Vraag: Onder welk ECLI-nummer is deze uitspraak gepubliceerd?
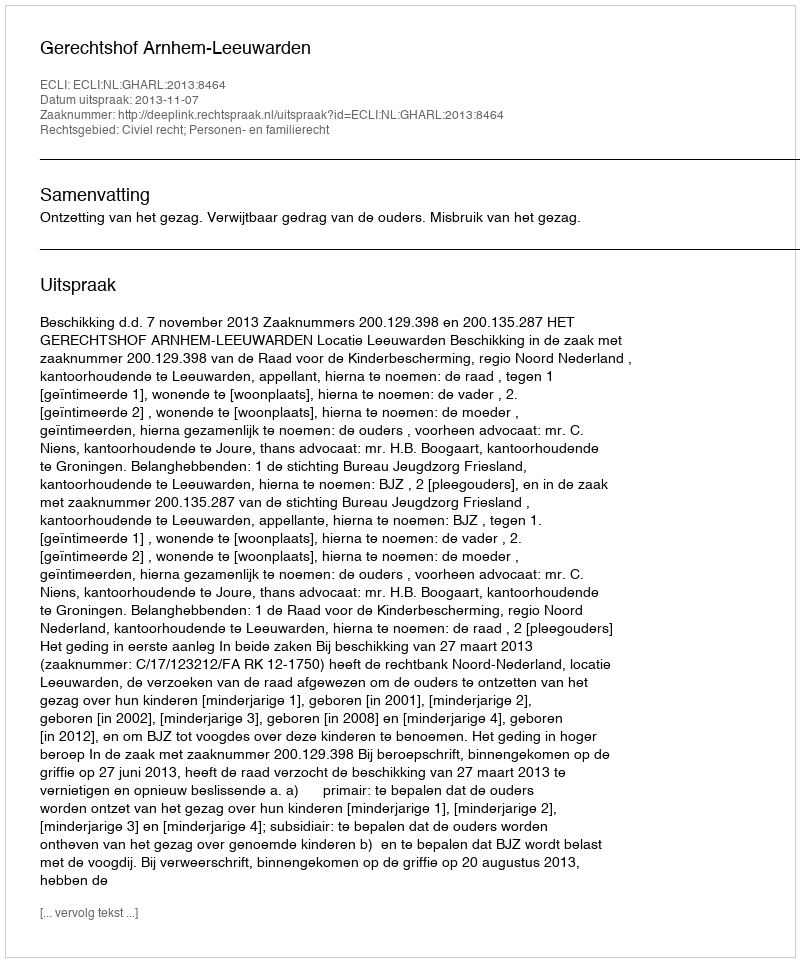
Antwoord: ECLI:NL:GHARL:2013:8464